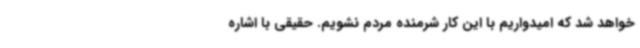
خواهد شد که امیدواریم با این کار شرمنده مردم نشویم. حقیقی با اشاره